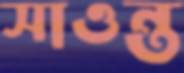
সাওন্ত